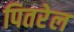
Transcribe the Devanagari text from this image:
पितरेल